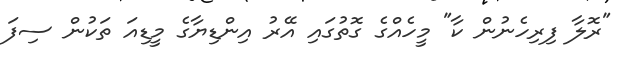
"ރޮލާ ފިރިހެނުން ކާ" މީހެއްގެ ގޮތުގައި އޭރު އިންޑިޔާގެ މީޑިއަ ތަކުން ސިފަ